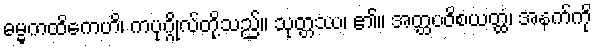
ဓမ္မကထိကေဟိ၊ ကပုဂ္ဂိုလ်တို့သည်။ သုတ္တဿ၊ ၏။ အတ္ထပဝိစယတ္ထံ၊ အနက်ကို